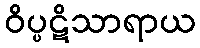
ဝိပ္ပဋိသာရာယ